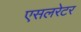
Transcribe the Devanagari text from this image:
एसलरेटर